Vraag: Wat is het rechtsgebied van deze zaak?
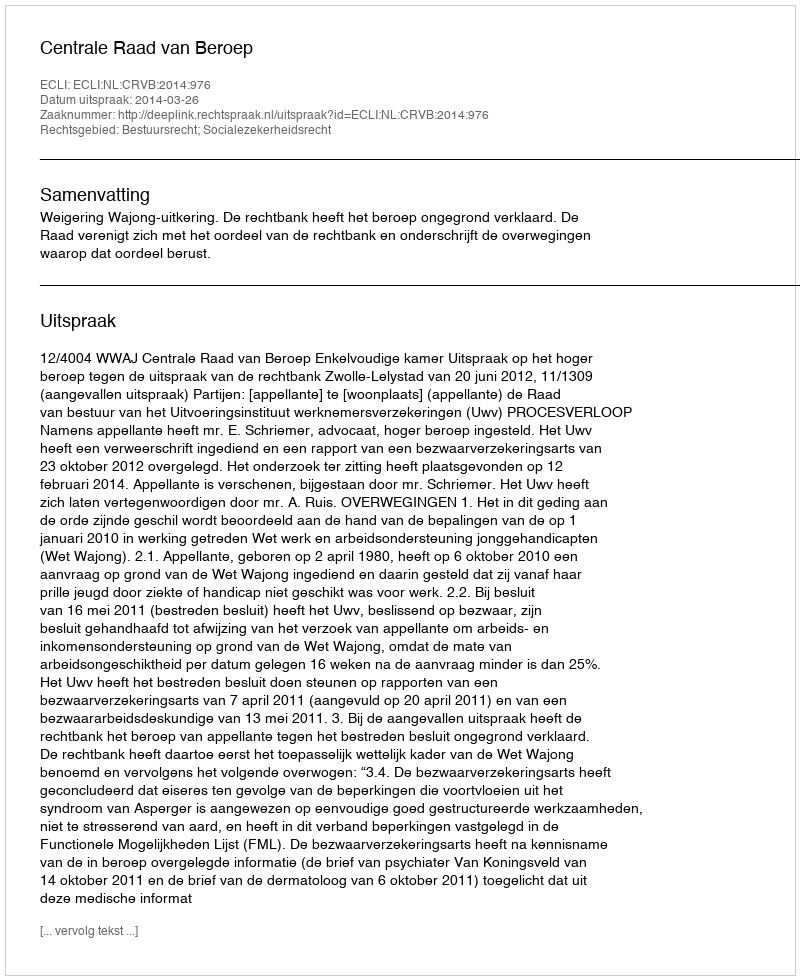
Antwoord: Bestuursrecht; Socialezekerheidsrecht